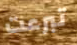
تبرعت